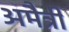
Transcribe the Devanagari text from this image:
अमैत्री